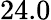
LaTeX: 24.0